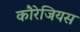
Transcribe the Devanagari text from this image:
कौरेजियस